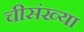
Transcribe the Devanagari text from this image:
चीसंख्या